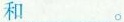
和___。